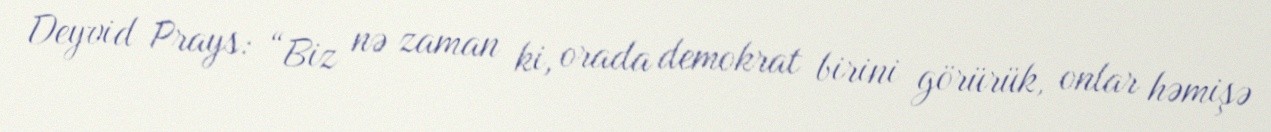
Deyvid Prays: “Biz nə zaman ki, orada demokrat birini görürük, onlar həmişə